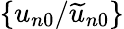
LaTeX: \{ {u_{n0}}/{\widetilde u_{n0}}\}